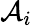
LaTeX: \mathcal{A}_{i}